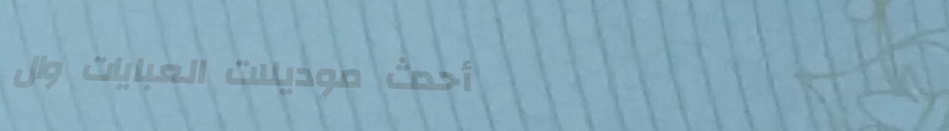
أحدث موديلات العبايات وال